Education and care of mentally and physically defective children, 1937
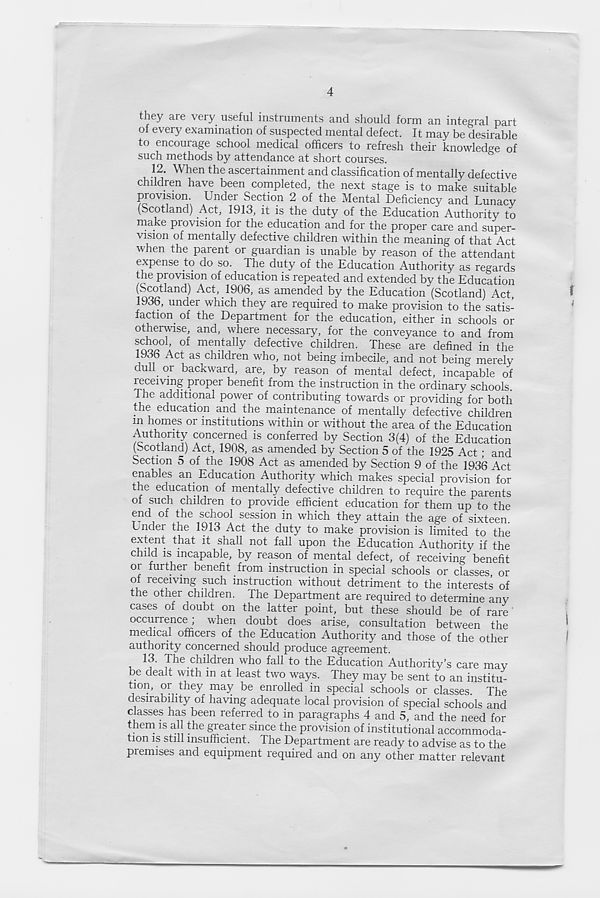
4
they are very useful instruments and should form an integral part
of every examination of suspected mental defect. It may be "desirable
to encourage school medical officers to refresh their knowledge of
such methods by attendance at short courses.
12. When the ascertainment and classification of mentally defective
children have been completed, the next stage is to make suitable
provision. Under Section 2 of the Mental Deficiency and Lunacy
(Scotland) Act, 1913, it is the duty of the Education Authority to
niake pi ovision for the education and for the proper care and super-
vision of mentally defective children within the meaning of that Act
when the parent or guardian is unable by reason of the attendant
expense to do so. The duty of the Education Authority as regards
the provision of education is repeated and extended by the Education
(Scotland) Act, 1906, as amended by the Education (Scotland) Act,
1936, under which they are required to make provision to the satis-
faction of the Department for the education, either in schools or
otherwise, and, where necessary, for the conveyance to and from
school, of mentally defective children. These are defined in the
1936 Act as children who, not being imbecile, and not being merely
dull or backward, are, by reason of mental defect, incapable of
receiving proper benefit from the instruction in the ordinary schools.
The additional power of contributing towards or providing for both
the education and the maintenance of mentally defective children
m homes or institutions within or without the area of the Education
Authority concerned is conferred by Section 3(4) of the Education
(Scotland) Act, 1908, as amended by Section 5 of the 1925 Act; and
Section 5 of the 1908 Act as amended by Section 9 of the 1936 Act
enables an Education Authority which makes special provision for
the education of mentally defective children to require the parents
of such children to provide efficient education for them up to the
end of the school session in which they attain the age of sixteen.
Under the 1913 Act the duty to make provision is limited to the
extent that it shall not fall upon the Education Authority if the
child is incapable, by reason of mental defect, of receiving benefit
or further benefit from instruction in special schools or classes, or
of receiving such instruction without detriment to the interests of
the other children. The Department are required to determine any
cases of doubt on the latter point, but these should be of rare '
occurrence; when doubt does arise, consultation between the
medical officers of the Education Authority and those of the other
authority concerned should produce agreement.
13. The children who fall to the Education Authority’s care may
be dealt with in at least two ways. They may be sent to an institu-
tion, or they may be enrolled in special schools or classes. The
desirability of having adequate local provision of special schools and
classes has been referred to in paragraphs 4 and 5, and the need for
them is all the greater since the provision of institutional accommoda-
tion is still insufficient. The Department are ready to advise as to the
premises and equipment required and on any other matter relevant